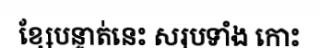
ខ្សែបន្ទាត់នេះ សរុបទាំង កោះ